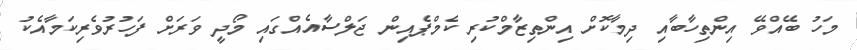
މަހު ބޭއްވޭ އިންތިހާބާއި ދިމާކޮށް އިންތިޒާމްކުރި ކެމްޕެއިން ޖަލްސާއެއްގައި މޯދީ ވަރަށް ފަހުރުވެރިކަމާއެކު